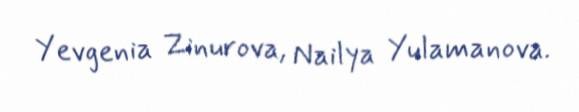
Yevgenia Zinurova, Nailya Yulamanova.